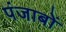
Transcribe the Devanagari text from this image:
पंजाबों